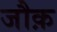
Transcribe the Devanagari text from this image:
जौक़